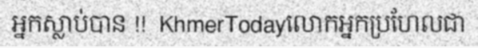
អ្នកស្លាប់បាន !!  KhmerTodayលោកអ្នកប្រហែលជា